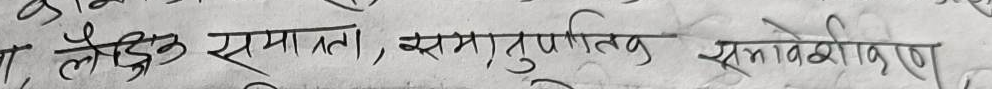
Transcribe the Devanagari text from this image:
लैंगिक समानता, समतामूलक समावेशीकरण